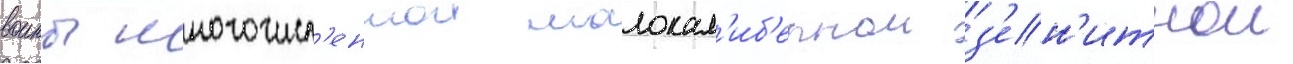
воины многочисл'еннои малокал'иб'ернои з'ен'итнои